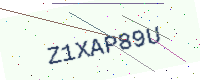
Text: Z1XAP89U